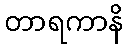
တာရကာနိ